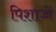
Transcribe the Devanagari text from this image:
पिशाच्चें